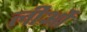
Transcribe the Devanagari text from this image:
लीओं